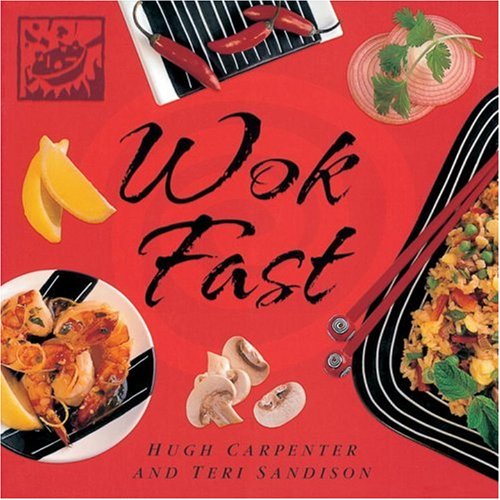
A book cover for Wok Fast (Fast Books); Hugh Carpenter; Cookbooks, Food & Wine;